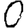
Digit: 0